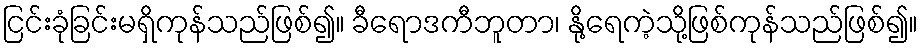
ငြင်းခုံခြင်းမရှိကုန်သည်ဖြစ်၍။ ခီရောဒကီဘူတာ၊ နို့ရေကဲ့သို့ဖြစ်ကုန်သည်ဖြစ်၍။